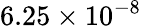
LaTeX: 6.25\times 10^{-8}